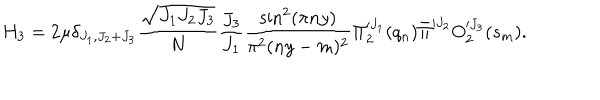
LaTeX: H _ { 3 } = 2 \mu \delta _ { J _ { 1 } , J _ { 2 } + J _ { 3 } } { \frac { \sqrt { J _ { 1 } J _ { 2 } J _ { 3 } } } { N } } { \frac { J _ { 3 } } { J _ { 1 } } } { \frac { \sin ^ { 2 } ( \pi n y ) } { \pi ^ { 2 } ( n y - m ) ^ { 2 } } } \Pi _ { 2 } ^ { \prime J _ { 1 } } ( q _ { n } ) \bar { \Pi } ^ { \prime J _ { 2 } } O _ { 2 } ^ { \prime J _ { 3 } } ( s _ { m } ) .